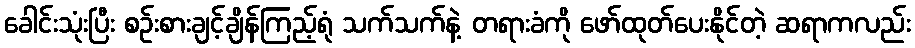
ခေါင်းသုံးပြီး စဉ်းစားချင့်ချိန်ကြည့်ရုံ သက်သက်နဲ့ တရားခံကို ဖော်ထုတ်ပေးနိုင်တဲ့ ဆရာကလည်း